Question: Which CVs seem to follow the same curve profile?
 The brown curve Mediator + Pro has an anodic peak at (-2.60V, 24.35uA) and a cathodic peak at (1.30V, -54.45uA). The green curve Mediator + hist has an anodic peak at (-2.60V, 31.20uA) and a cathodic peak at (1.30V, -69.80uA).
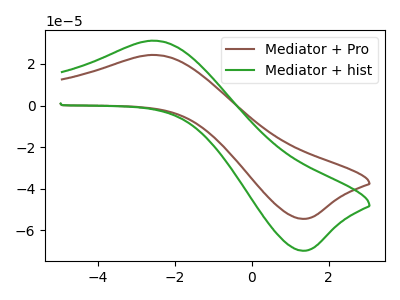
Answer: <think>All the peaks in "Mediator + Pro" have a peak in "Mediator + hist" at the same potential. Every peak in "Mediator + Pro" is lower than every peak in "Mediator + hist".
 </think>
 <answer>"Mediator + hist" and "Mediator + Pro" have the same shape and are likely CV's of the same chemical.</answer>
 <eval>"Mediator + hist" "Mediator + Pro"</eval>